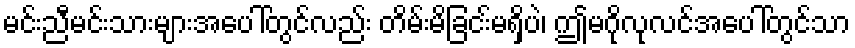
မင်းညီမင်းသားများအပေါ်တွင်လည်း တိမ်းမိခြငး်မရှိပဲ၊ ဤမဂိုလုလင်အပေါ်တွင်သာ